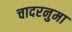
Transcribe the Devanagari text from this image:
चादरनुमा